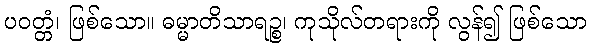
ပဝတ္တံ၊ ဖြစ်သော။ ဓမ္မာတိသာရဉ္စ၊ ကုသိုလ်တရားကို လွန်၍ ဖြစ်သော